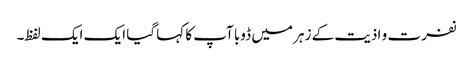
نفرت و اذیت کے زہر میں ڈوبا آپ کا کہا گیا ایک ایک لفظ۔